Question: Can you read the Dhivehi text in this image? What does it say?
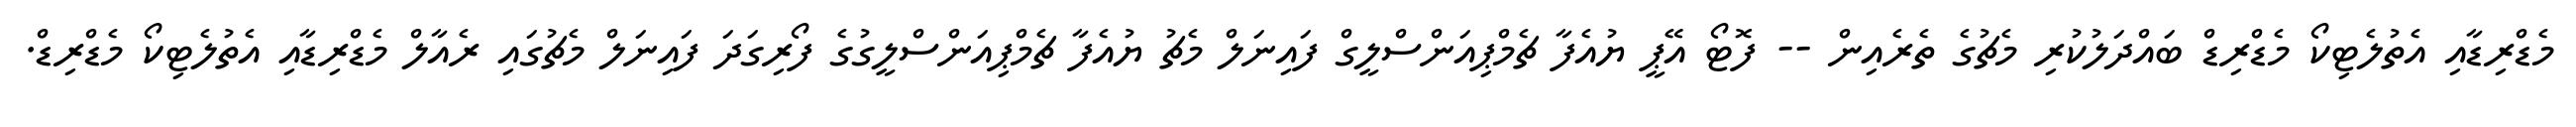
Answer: މެޑްރިޑާއި އެތުލެޓިކޯ މެޑްރިޑް ބައްދަލުކުރި މެޗުގެ ތެރެއިން -- ފޮޓޯ އޭޕީ ޔުއެފާ ޗެމްޕިއަންސްލީގް ފައިނަލް މެޗު ޔުއެފާ ޗެމްޕިއަންސްލީގުގެ ފޯރިގަދަ ފައިނަލް މެޗުގައި ރެއާލް މެޑްރިޑާއި އެތުލެޓިކޯ މެޑްރިޑް.